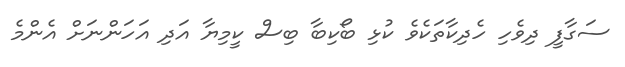
ސަގާފީ ދިވެހި ހެދިކާތަކެވެ ކުޅި ބޯކިބާ ބިސް ކީމިޔާ އަދި އަހަންނަށް އެންމެ